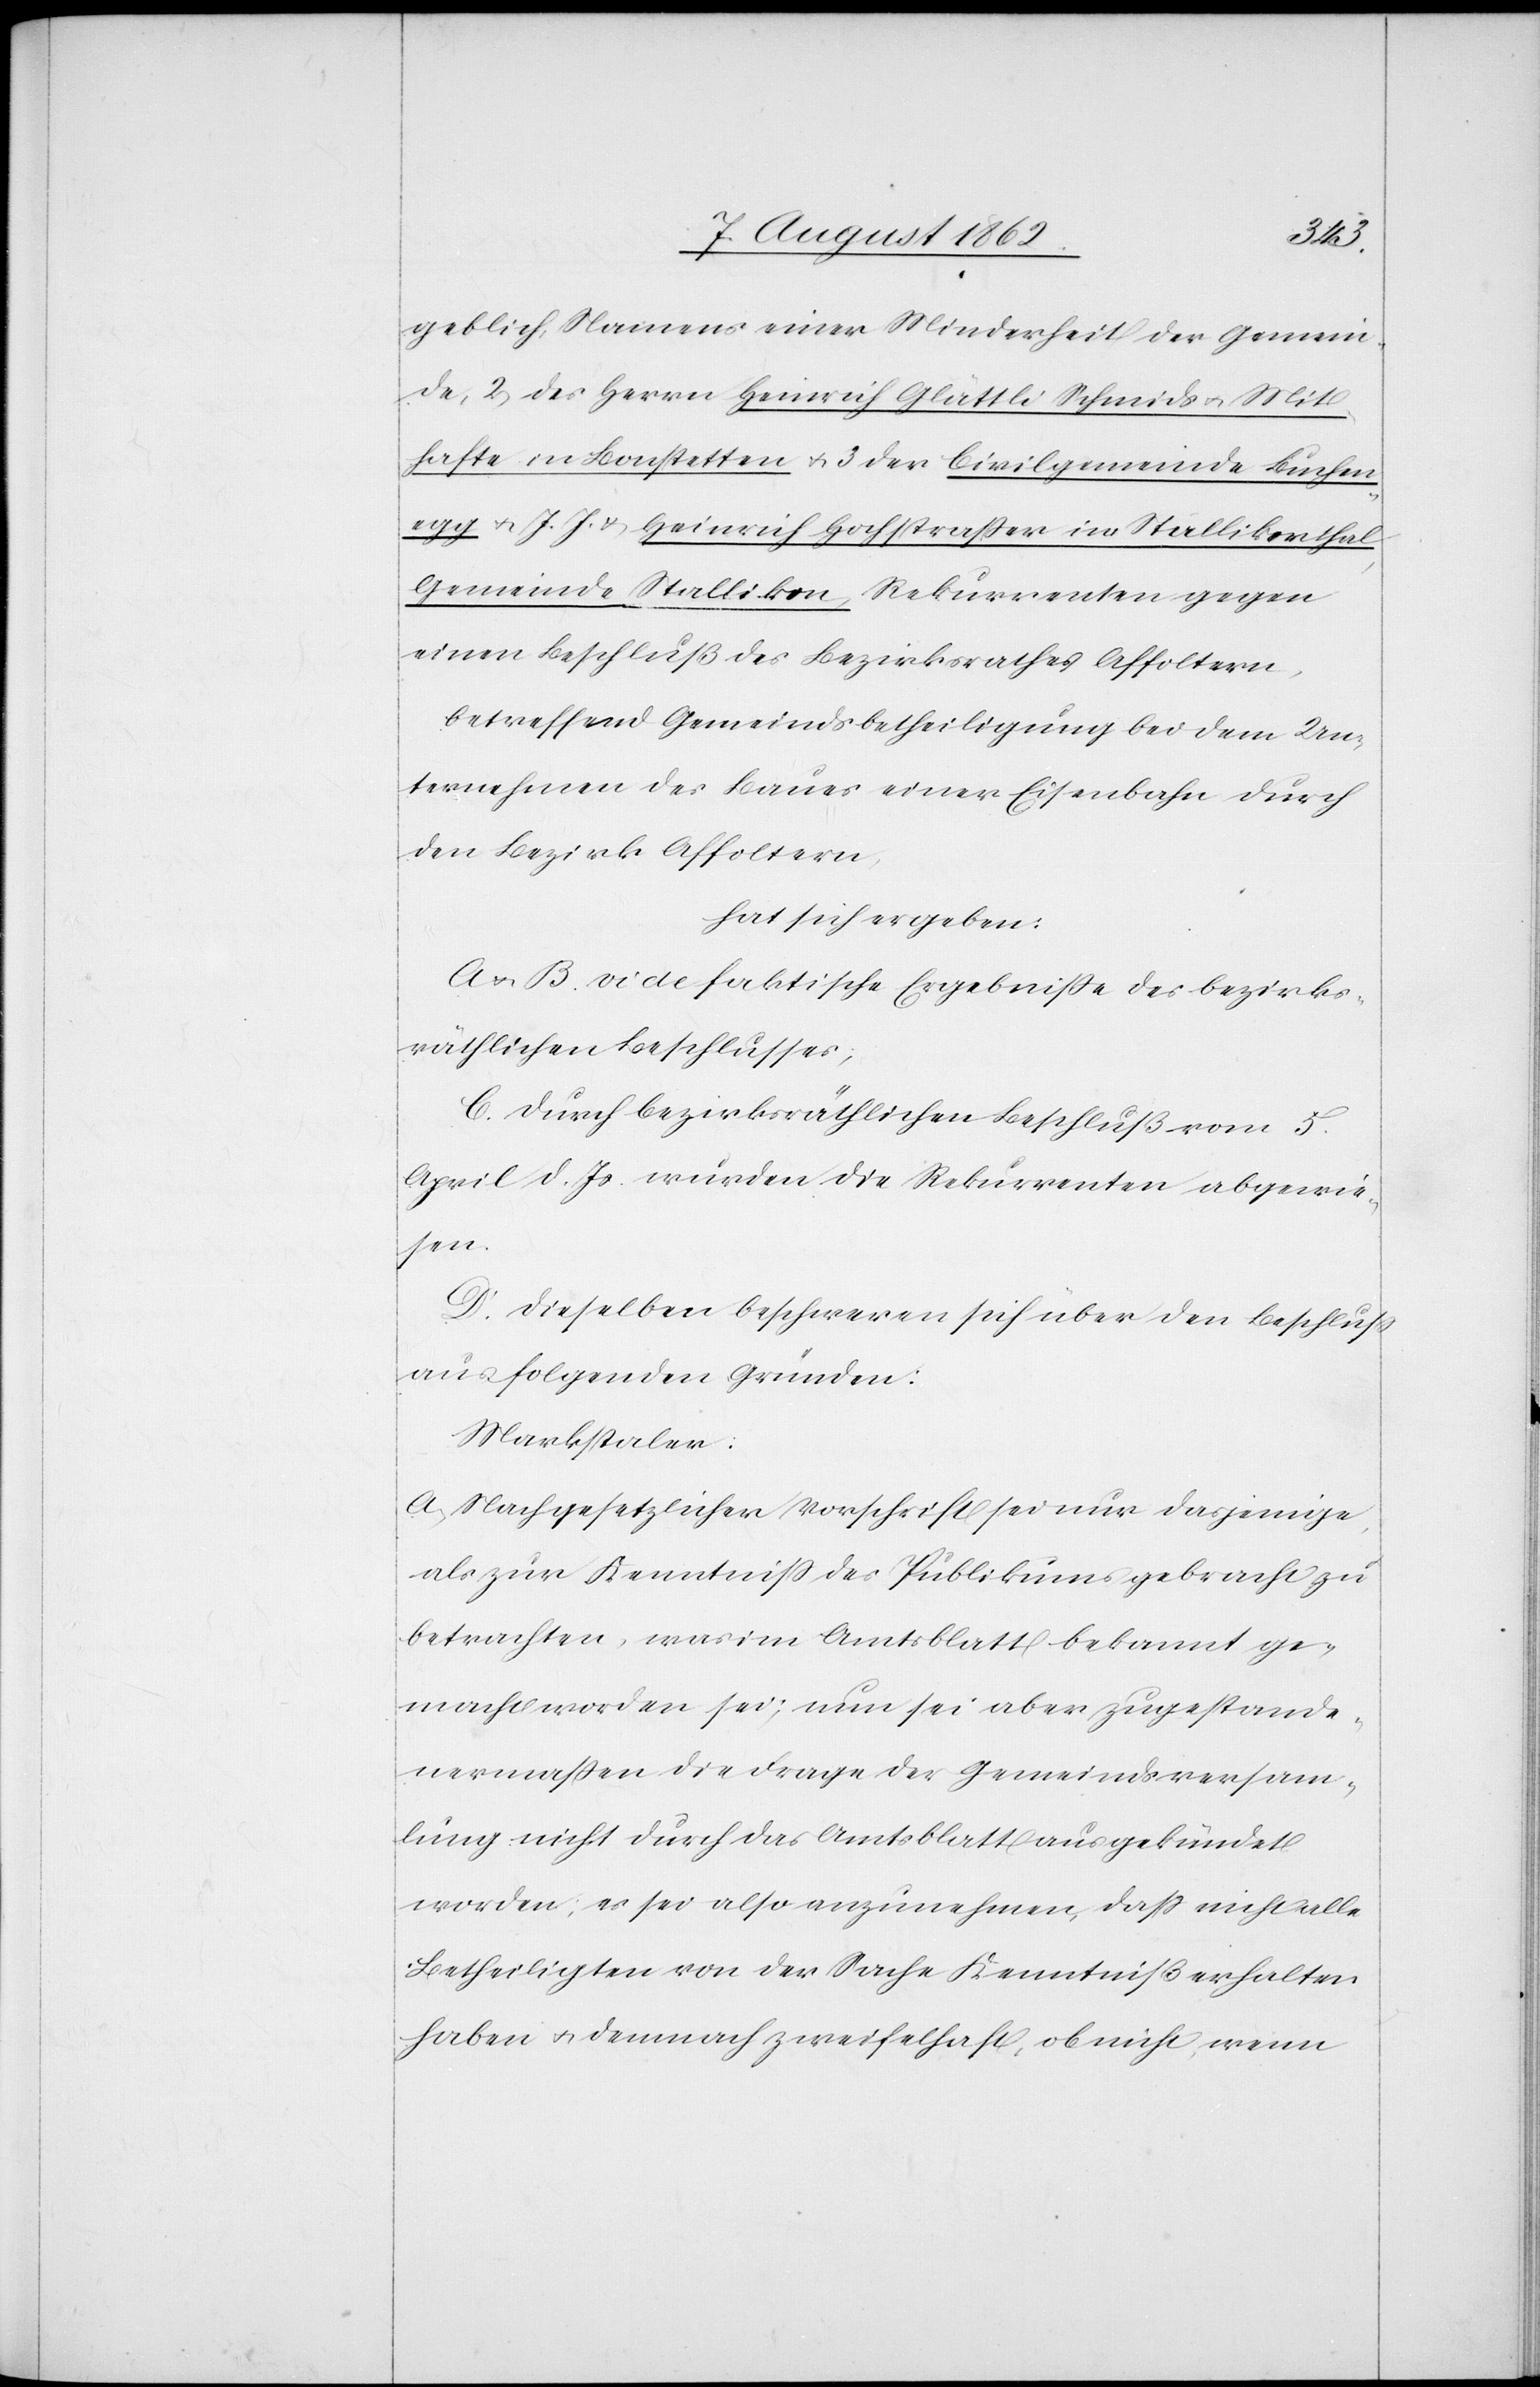
geblich, Namens einer Minderheit der Gemein¬
de, 2. des Herrn Heinrich Glättli Schmids u. Mit¬
hafte in Bonstetten u. 3. der Civilgemeinde Buchen¬
egg u. J. J. u. Heinrich Hochstraßer im Stallikerthal,
Gemeinde Stallikon, Rekurrenten gegen
einen Beschluß des Bezirksrathes Affoltern,
hat sich ergeben:
A u. B. vide faktische Ergebnisse des bezirks¬
räthlichen Beschlusses;
C. Durch bezirksräthlichen Beschluß vom 5.
April d. Js. wurden die Rekurrenten abgewie¬
sen.
D. Dieselben beschweren sich über den Beschluß
aus folgenden Gründen:
a. Nach gesetzlicher Vorschrift sei nur dasjenige,
als zur Kenntniß des Publikums gebracht zu
betrachten, was im Amtsblatt bekannt ge¬
macht worden sei; nun sei aber zugestande¬
nermaßen die Frage der Gemeindsversamm¬
lung nicht durch das Amtsblatt ausgekündet
worden; es sei also anzunehmen, daß nicht alle
Betheiligten von der Sache Kenntniß erhalten
haben u. demnach zweifelhaft, ob nicht, wenn